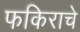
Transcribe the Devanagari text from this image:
फकिराचे